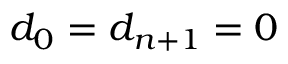
d _ { 0 } = d _ { n + 1 } = 0